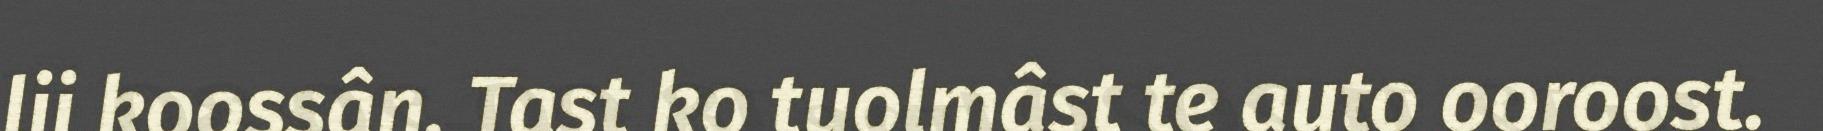
lii koossân. Tast ko tuolmâst te auto ooroost.